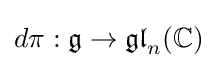
d\pi :{\mathfrak {g}}\to {\mathfrak {gl}}_{n}(\mathbb {C} )